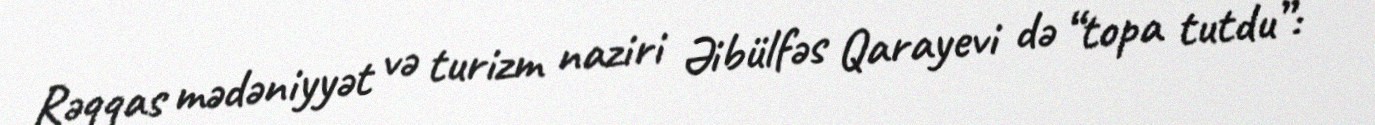
Rəqqas mədəniyyət və turizm naziri Əibülfəs Qarayevi də “topa tutdu”: